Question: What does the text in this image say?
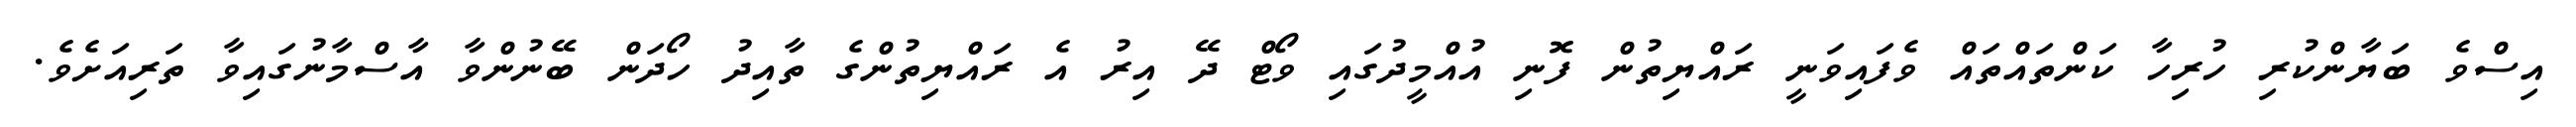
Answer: އިސްވެ ބަޔާންކުރި ހުރިހާ ކަންތައްތައް ވެފައިވަނީ ރައްޔިތުން ފޮނި އުއްމީދުގައި ވޯޓް ދޭ އިރު އެ ރައްޔިތުންގެ ތާއިދު ހޯދަން ބޭނުންވާ އާސްމާނުގައިވާ ތަރިއަށެވެ.